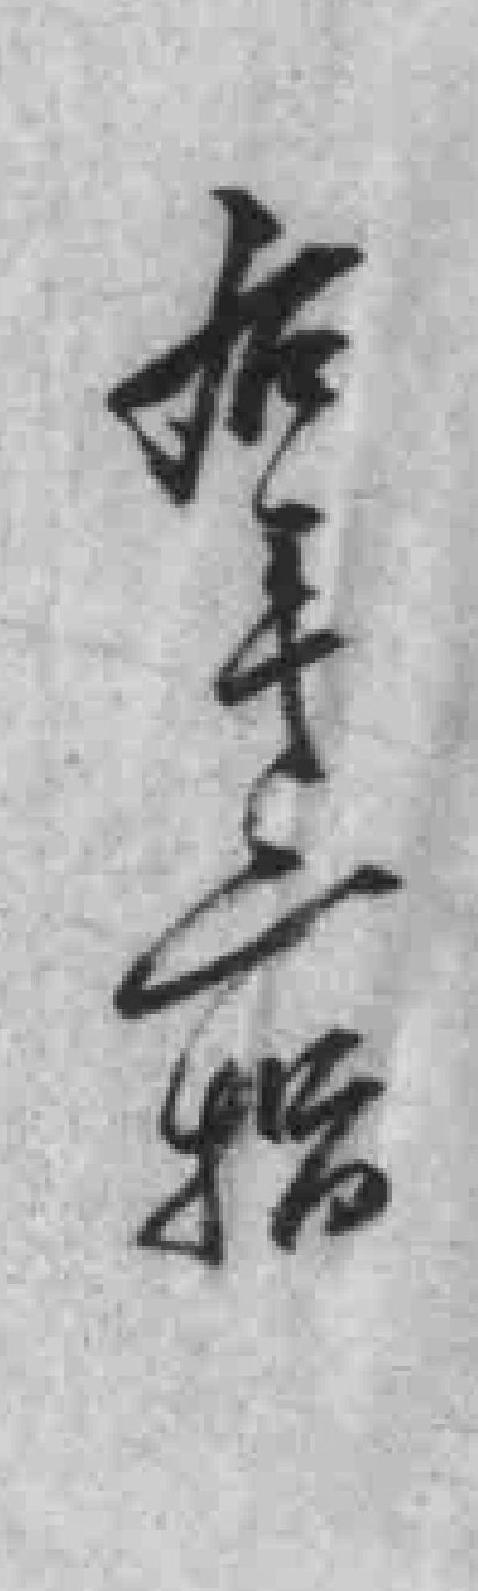
右手二指